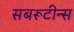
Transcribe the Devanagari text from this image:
सबरूटीन्स